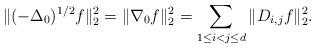
LaTeX: \begin{align*} \| (-\Delta_{0})^{1/2}f\|_{2}^2=\|\nabla_0 f\|_2^2 =\sum_{1\leq i<j\leq d}\| D_{i,j} f\|_{2}^2. \end{align*}